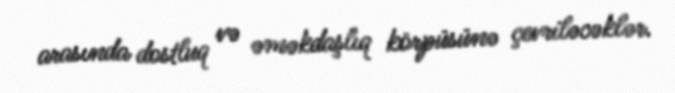
arasında dostluq və əməkdaşlıq körpüsünə çevriləcəklər.